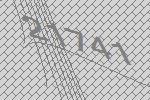
21741